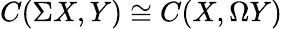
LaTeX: C(\Sigma X,Y)\cong C(X,\Omega Y)